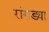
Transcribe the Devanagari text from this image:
रांगड्या